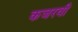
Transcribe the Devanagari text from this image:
कजरवी